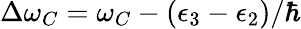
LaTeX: \Delta\omega_{C}=\omega_{C}-(\epsilon_{3}-\epsilon_{2})/\hbar